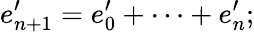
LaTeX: e_{n+1}^{\prime}=e_{0}^{\prime}+\dots+e_{n}^{\prime};